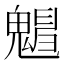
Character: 𩴋